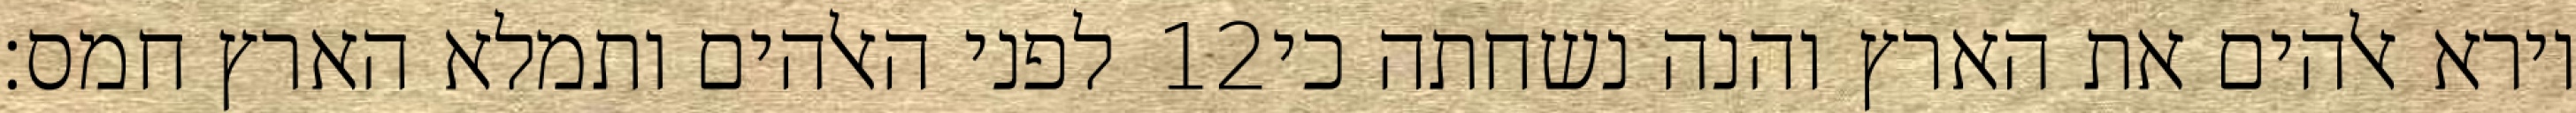
לפני האלהים ותמלא הארץ חמס׃ ‎12‏ וירא אלהים את הארץ והנה נשחתה כי